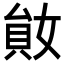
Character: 𡞩